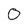
Character: 0